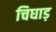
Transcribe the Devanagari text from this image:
चिघाड़